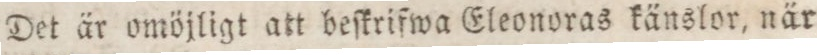
Det är omöjligt att beſkrifwa Eleonoras känslor, när